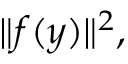
\| f ( y ) \| ^ { 2 } ,